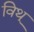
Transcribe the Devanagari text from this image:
विथ्